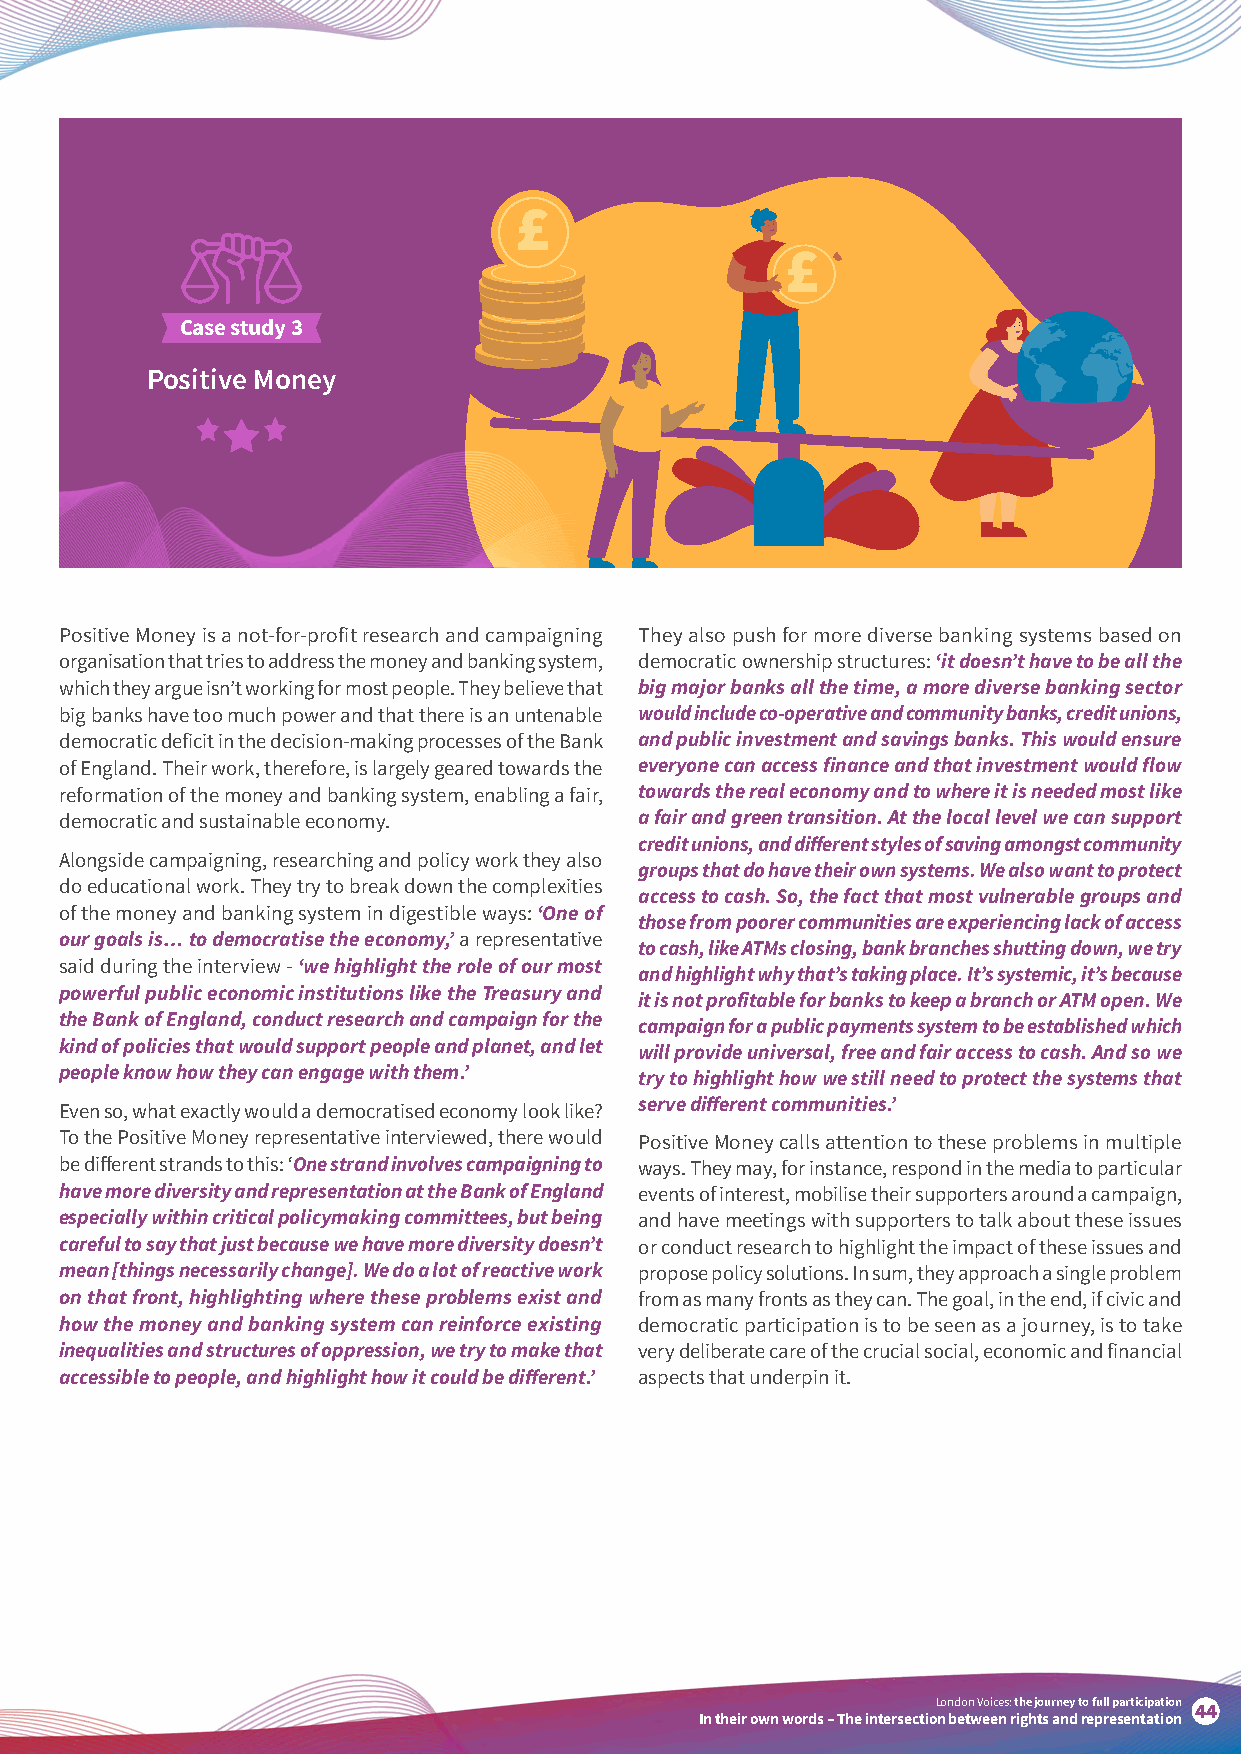
Case study 3
 Positive Money
 Positive Money is a not-for-profit research and campaigning They also push for more diverse banking systems based on
 organisation that tries to address the money and banking system, democratic ownership structures: ‘it doesn’t have to be all the
 which they argue isn’t working for most people. They believe that big major banks all the time, a more diverse banking sector
 big banks have too much power and that there is an untenable would include co-operative and community banks, credit unions,
 democratic deficit in the decision-making processes of the Bank and public investment and savings banks. This would ensure
 of England. Their work, therefore, is largely geared towards the everyone can access finance and that investment would flow
 reformation of the money and banking system, enabling a fair, towards the real economy and to where it is needed most like
 democratic and sustainable economy.   a fair and green transition. At the local level we can support
 credit unions, and different styles of saving amongst community
 Alongside campaigning, researching and policy work they also
 groups that do have their own systems. We also want to protect
 do educational work. They try to break down the complexities
 access to cash. So, the fact that most vulnerable groups and
 of the money and banking system in digestible ways: ‘One of
 those from poorer communities are experiencing lack of access
 our goals is… to democratise the economy,’ a representative
 to cash, like ATMs closing, bank branches shutting down, we try
 said during the interview - ‘we highlight the role of our most
 and highlight why that’s taking place. It’s systemic, it’s because
 powerful public economic institutions like the Treasury and
 it is not profitable for banks to keep a branch or ATM open. We
 the Bank of England, conduct research and campaign for the
 campaign for a public payments system to be established which
 kind of policies that would support people and planet, and let
 will provide universal, free and fair access to cash. And so we
 people know how they can engage with them.’ try to highlight how we still need to protect the systems that
 serve different communities.’
 Even so, what exactly would a democratised economy look like?
 To the Positive Money representative interviewed, there would Positive Money calls attention to these problems in multiple
 be different strands to this: ‘One strand involves campaigning to ways. They may, for instance, respond in the media to particular
 have more diversity and representation at the Bank of England events of interest, mobilise their supporters around a campaign,
 especially within critical policymaking committees, but being and have meetings with supporters to talk about these issues
 careful to say that just because we have more diversity doesn’t or conduct research to highlight the impact of these issues and
 mean [things necessarily change]. We do a lot of reactive work propose policy solutions. In sum, they approach a single problem
 on that front, highlighting where these problems exist and from as many fronts as they can. The goal, in the end, if civic and
 how the money and banking system can reinforce existing democratic participation is to be seen as a journey, is to take
 inequalities and structures of oppression, we try to make that very deliberate care of the crucial social, economic and financial
 accessible to people, and highlight how it could be different.’ aspects that underpin it.
 London Voices: the journey to full participation
 44
 In their own words – The intersection between rights and representation